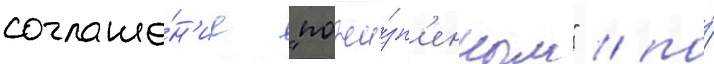
соглаше́н'ие "пожи́зн'енным" / по́